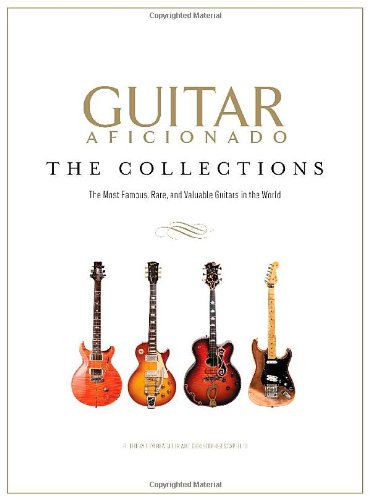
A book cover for Guitar Aficionado: The Collections: The Most Famous, Rare, and Valuable Guitars in the World; Crafts, Hobbies & Home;